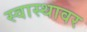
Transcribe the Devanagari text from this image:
स्वास्थावर